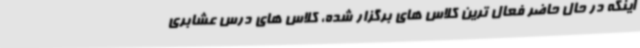
اینکه در حال حاضر فعال ترین کلاس های برگزار شده، کلاس های درس عشابری